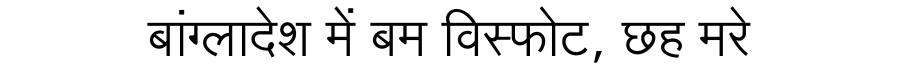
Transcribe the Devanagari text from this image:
बांग्लादेश में बम विस्फोट, छह मरे